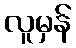
လူမှန်